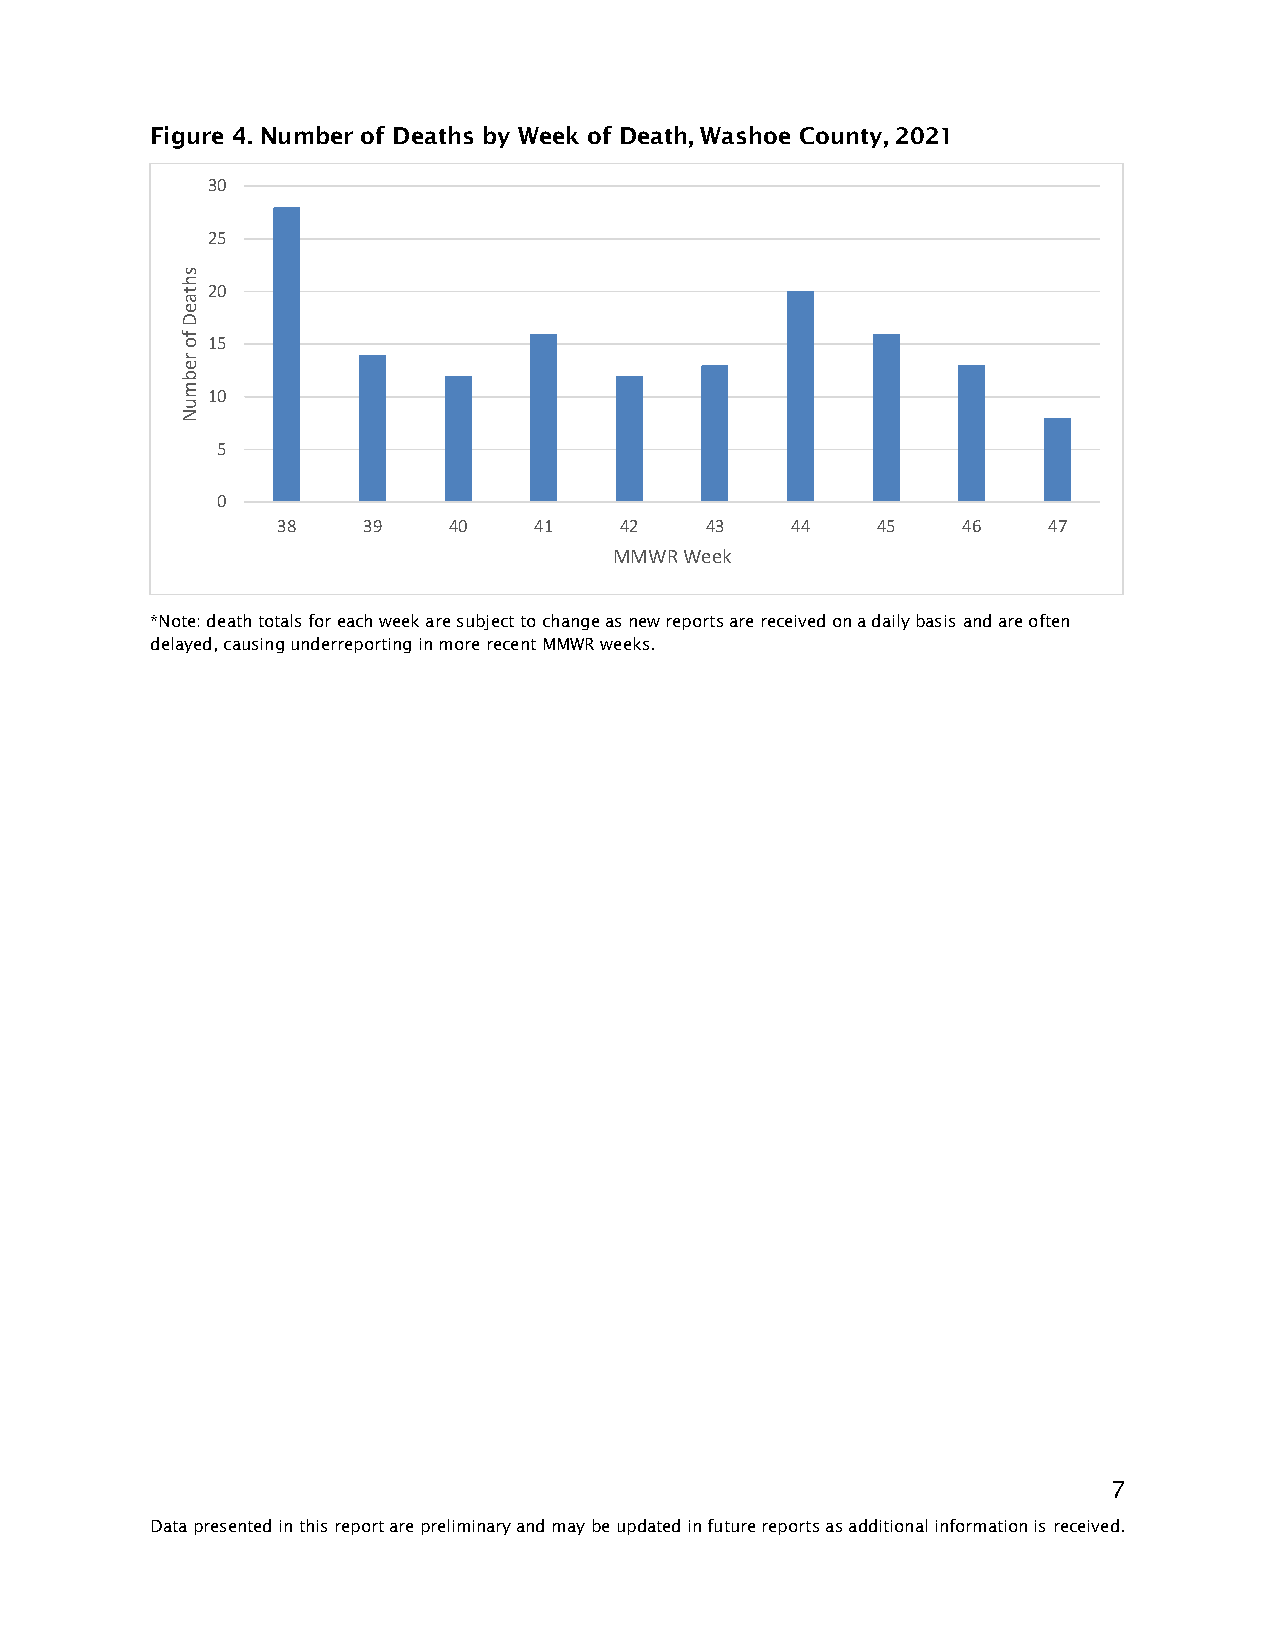
Figure 4. Number of Deaths by Week of Death, Washoe County, 2021
 30
 25
 s
 h
 t 20
 a
 e
 D
 f o 15
 r
 e
 b
 m
 10
 u
 N
 5
 0
 38    39    40   41    42    43   44    45    46   47
 MMWR Week
 *Note: death totals for each week are subject to change as new reports are received on a daily basis and are often
 delayed, causing underreporting in more recent MMWR weeks.
 7
 Data presented in this report are preliminary and may be updated in future reports as additional information is received.